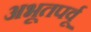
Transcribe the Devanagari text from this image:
अभूतपर्वू